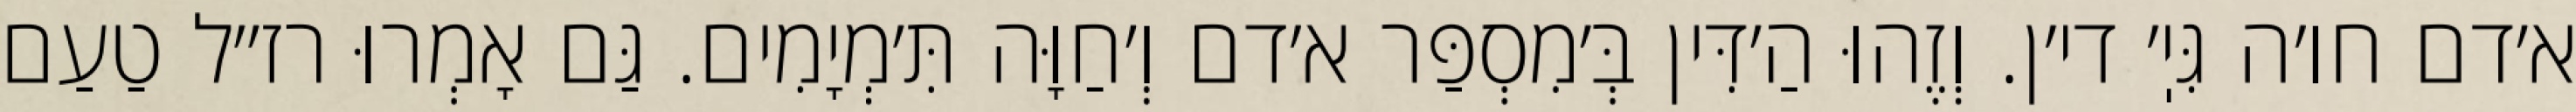
א׳דם חו׳ה גִּיֽ׳ די׳ן. וְזֶהוּ הַ׳דִּין בְּ׳מִסְפַּר א׳דם וְ׳חַוָּה תִּ׳מְיָמִים. גַּם אָמְרוּ רז״ל טַעַם